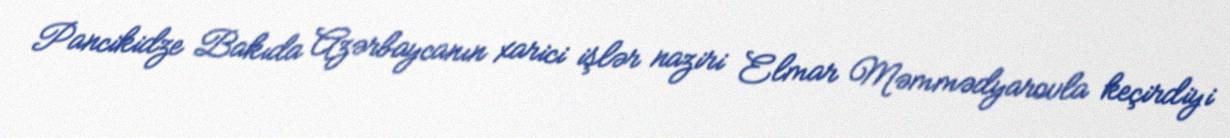
Pancikidze Bakıda Azərbaycanın xarici işlər naziri Elmar Məmmədyarovla keçirdiyi